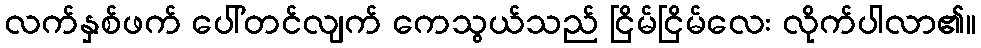
လက်နှစ်ဖက် ပေါ်တင်လျက် ကေသွယ်သည် ငြိမ်ငြိမ်လေး လိုက်ပါလာ၏။